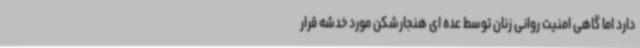
دارد اما گاهی امنیت روانی زنان توسط عده ای هنجارشکن مورد خدشه قرار